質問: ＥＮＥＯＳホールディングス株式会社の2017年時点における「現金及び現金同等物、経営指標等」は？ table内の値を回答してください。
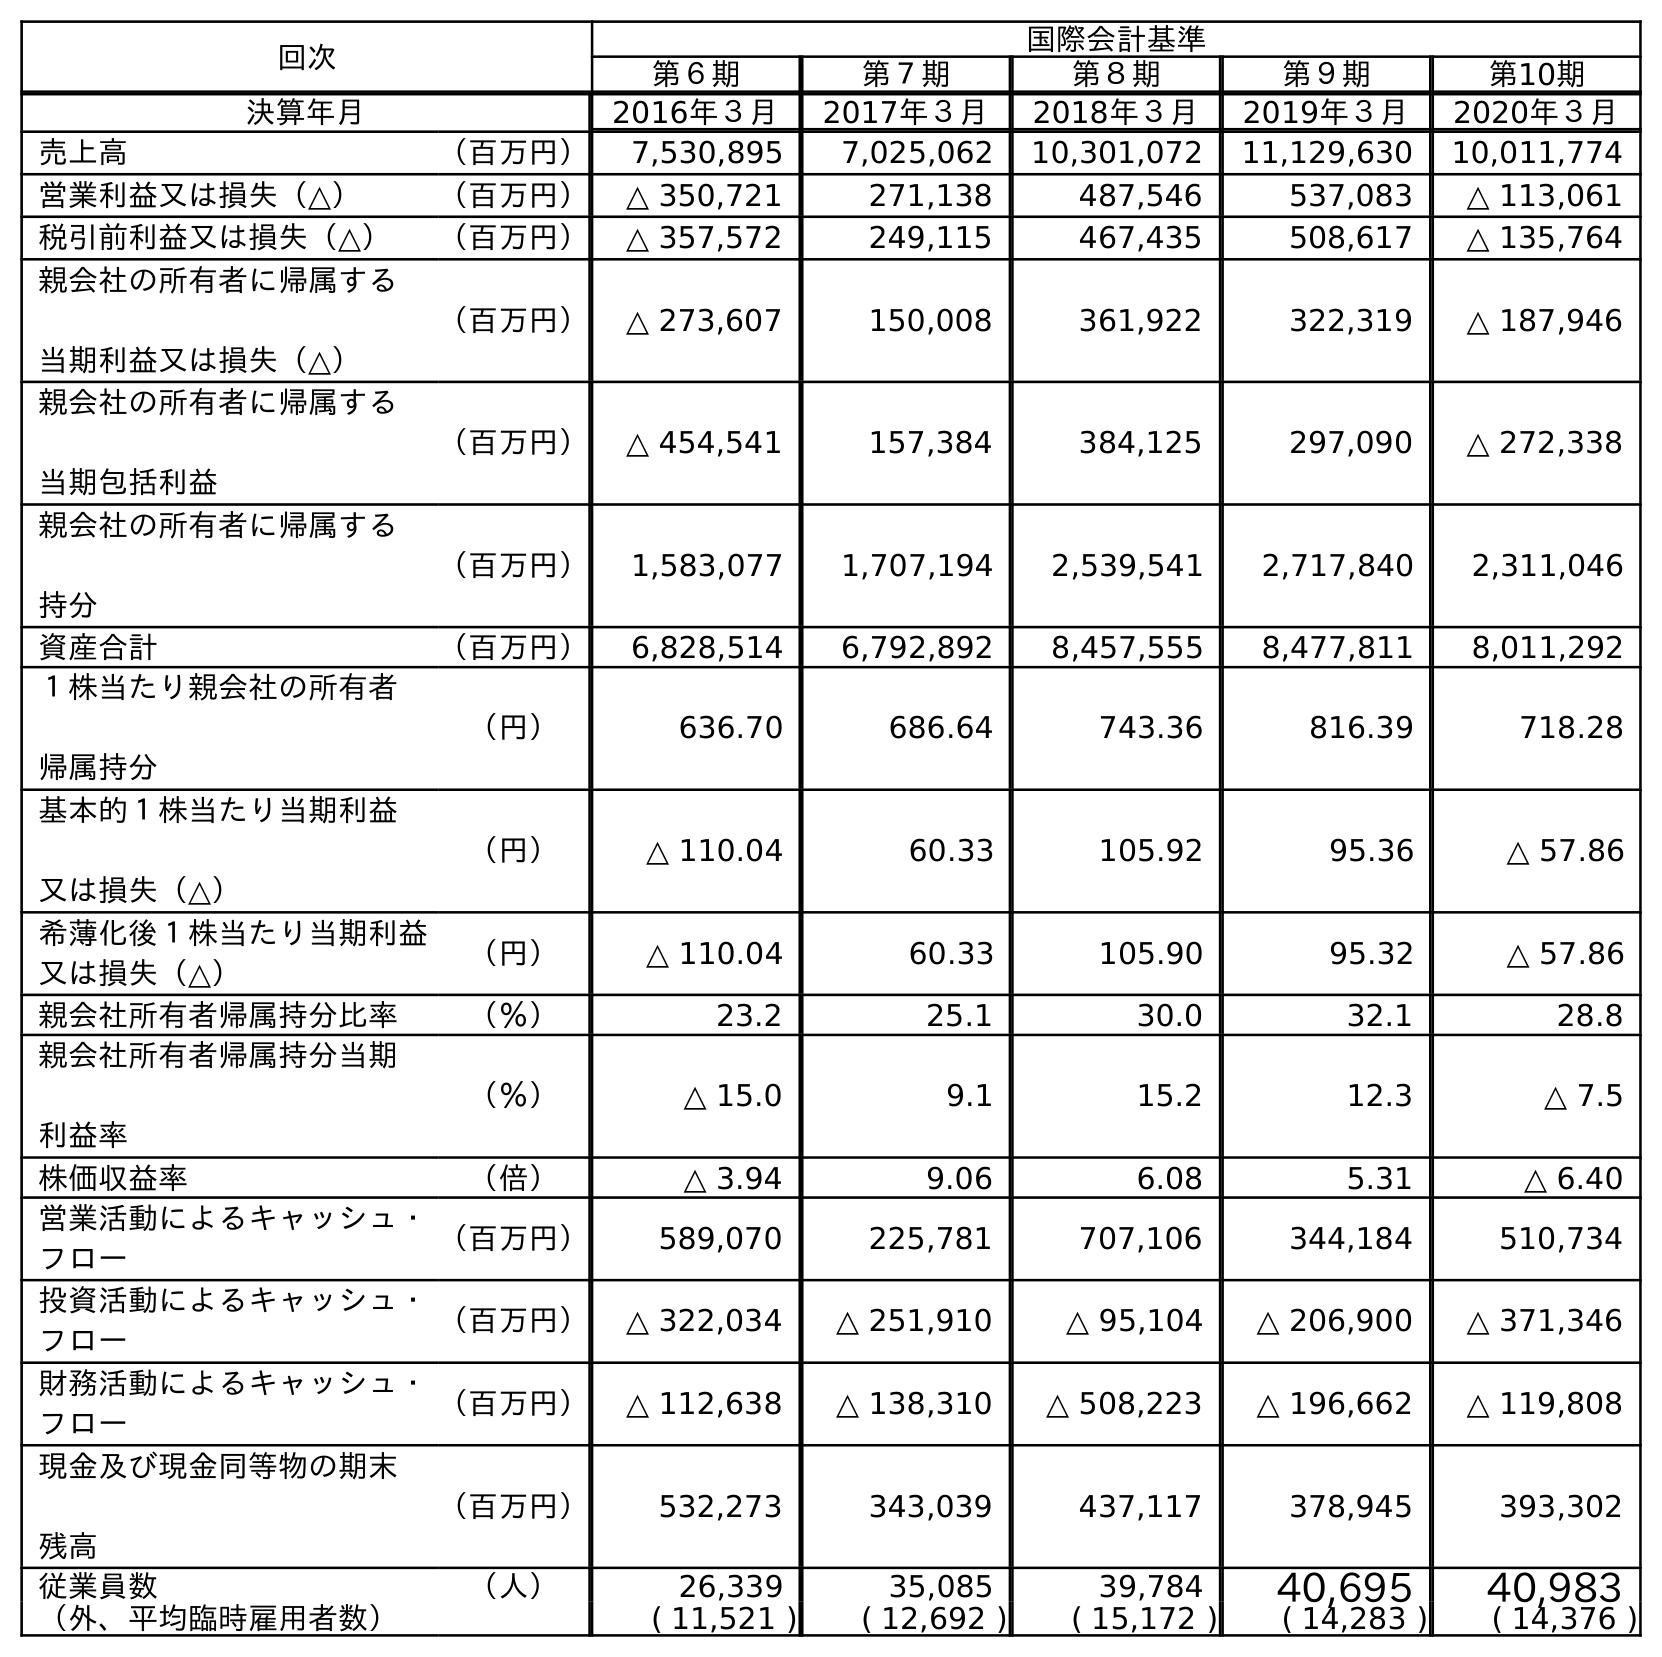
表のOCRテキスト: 回次 国際会計基準 第６期 第７期 第８期 第９期 第10期 決算年月 2016年３月 2017年３月 2018年３月 2019年３月 2020年３月 売上高 （百万円） 7,530,895 7,025,062 10,301,072 11,129,630 10,011,774 営業利益又は損失（△） （百万円） △ 350,721 271,138 487,546 537,083 △ 113,061 税引前利益又は損失（△） （百万円） △ 357,572 249,115 467,435 508,617 △ 135,764 親会社の所有者に帰属する 当期利益又は損失（△） （百万円） △ 273,607 150,008 361,922 322,319 △ 187,946 親会社の所有者に帰属する 当期包括利益 （百万円） △ 454,541 157,384 384,125 297,090 △ 272,338 親会社の所有者に帰属する 持分 （百万円） 1,583,077 1,707,194 2,539,541 2,717,840 2,311,046 資産合計 （百万円） 6,828,514 6,792,892 8,457,555 8,477,811 8,011,292 １株当たり親会社の所有者 帰属持分 （円） 636.70 686.64 743.36 816.39 718.28 基本的１株当たり当期利益 又は損失（△） （円） △ 110.04 60.33 105.92 95.36 △ 57.86 希薄化後１株当たり当期利益 又は損失（△） （円） △ 110.04 60.33 105.90 95.32 △ 57.86 親会社所有者帰属持分比率 （％） 23.2 25.1 30.0 32.1 28.8 親会社所有者帰属持分当期 利益率 （％） △ 15.0 9.1 15.2 12.3 △ 7.5 株価収益率 （倍） △ 3.94 9.06 6.08 5.31 △ 6.40 営業活動によるキャッシュ・ フロー （百万円） 589,070 225,781 707,106 344,184 510,734 投資活動によるキャッシュ・ フロー （百万円） △ 322,034 △ 251,910 △ 95,104 △ 206,900 △ 371,346 財務活動によるキャッシュ・ フロー （百万円） △ 112,638 △ 138,310 △ 508,223 △ 196,662 △ 119,808 現金及び現金同等物の期末 残高 （百万円） 532,273 343,039 437,117 378,945 393,302 従業員数 （人） 26,339 35,085 39,784 40,695 40,983 （外、平均臨時雇用者数） ( 11,521 ) ( 12,692 ) ( 15,172 ) ( 14,283 ) ( 14,376 )
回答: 343,039